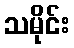
သမိုင်း